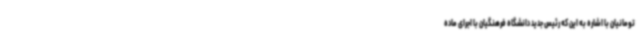
تومانیان با اشاره به این که رئیس جدید دانشگاه فرهنگیان با اجرای ماده